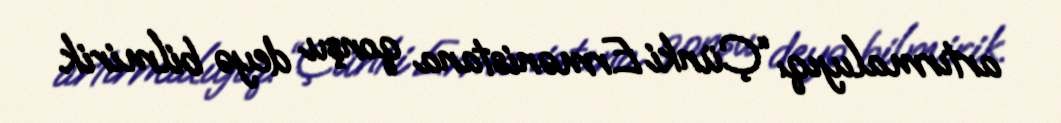
artırmalıyıq: “Çünki Ermənistana qonşu deyə bilmirik.